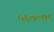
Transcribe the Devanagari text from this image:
५६७०७१